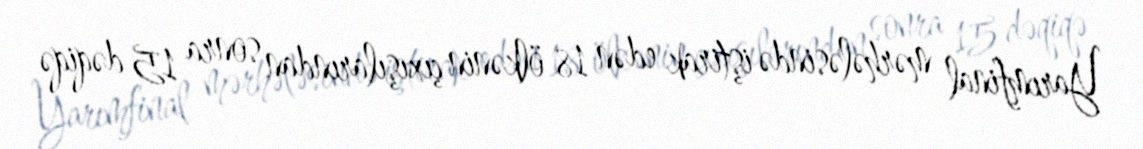
Yarımfinal mərhələsində iştirak edən 18 ölkənin çıxışılarından sonra 15 dəqiqə